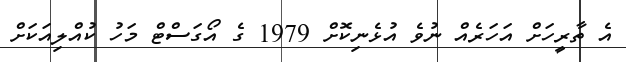
އެ ތާރީހަށް އަހަރެއް ނުވެ އުޅެނިކޮށް 1979 ގެ އޯގަސްޓް މަހު ކުއްލިއަކަށް